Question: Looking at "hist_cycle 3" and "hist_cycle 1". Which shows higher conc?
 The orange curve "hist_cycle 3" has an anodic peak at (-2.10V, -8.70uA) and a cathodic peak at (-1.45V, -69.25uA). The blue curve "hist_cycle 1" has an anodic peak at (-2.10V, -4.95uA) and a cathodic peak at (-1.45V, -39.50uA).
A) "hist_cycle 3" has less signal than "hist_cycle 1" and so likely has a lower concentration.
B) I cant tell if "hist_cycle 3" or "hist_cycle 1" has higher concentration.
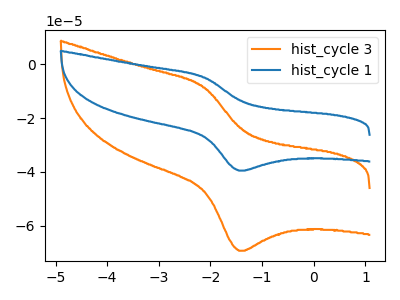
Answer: <think>All the peaks in "hist_cycle 3" have a peak in "hist_cycle 1" at the same potential.
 </think>
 <answer>B) I cant tell if "hist_cycle 3" or "hist_cycle 1" has higher concentration.</answer>
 <eval>B</eval>